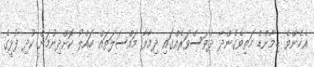
އެހެންވެ ޑިމާންޑް މަތިވެގެންދާ ދުވަސްވަރެއްގައި ދިމާވާ މައްސަލަތައް ހައްލު ކޮށްދިނުމަށް ކުދި ފުޅީގެ